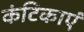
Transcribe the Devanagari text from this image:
कंटिकाएं